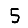
Digit: 5